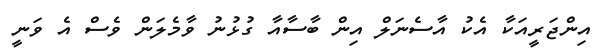
އިންޖަރީއަކާ އެކު އާސެނަލް އިން ބާސާއާ ގުޅުނު ވާމެލަން ވެސް އެ ވަނީ